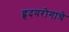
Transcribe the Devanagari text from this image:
हृदयरोगाचे